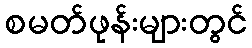
စမတ်ဖုန်းများတွင်